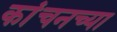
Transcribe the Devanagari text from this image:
कांचनच्या